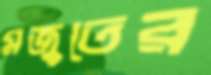
মজুতের